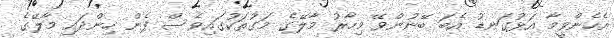
އެހެންވީމާ އަޅުގަނޑު އެބަ ބޭނުންވޭ މިހާރު މާލޭގެ މަގުތަކުގައިވެސް ފެން ހިންދައި މާލޭގެ